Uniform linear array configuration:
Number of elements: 64
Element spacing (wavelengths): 0.75
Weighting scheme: kaiser
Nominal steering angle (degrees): -30
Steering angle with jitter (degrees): -29.701
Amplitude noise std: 0.05
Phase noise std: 0.05

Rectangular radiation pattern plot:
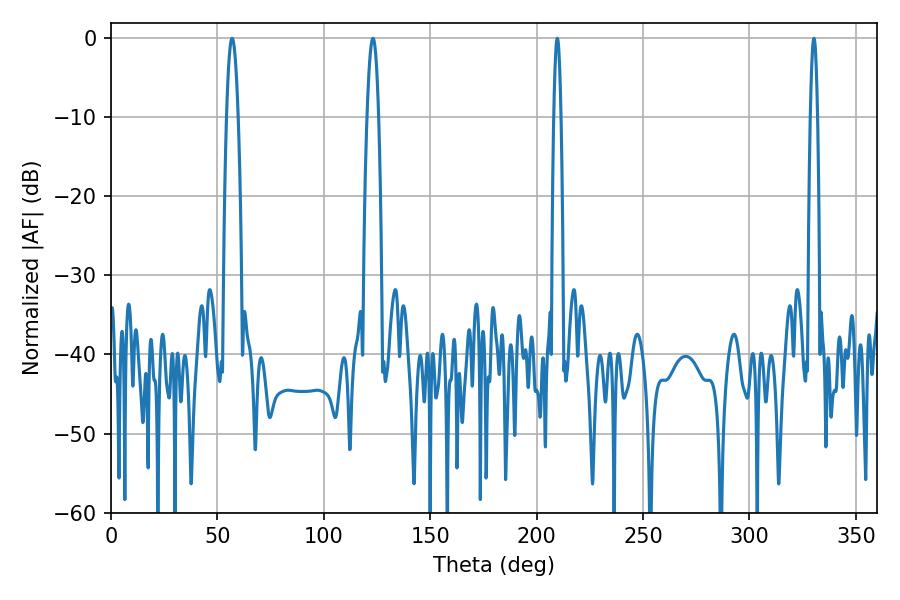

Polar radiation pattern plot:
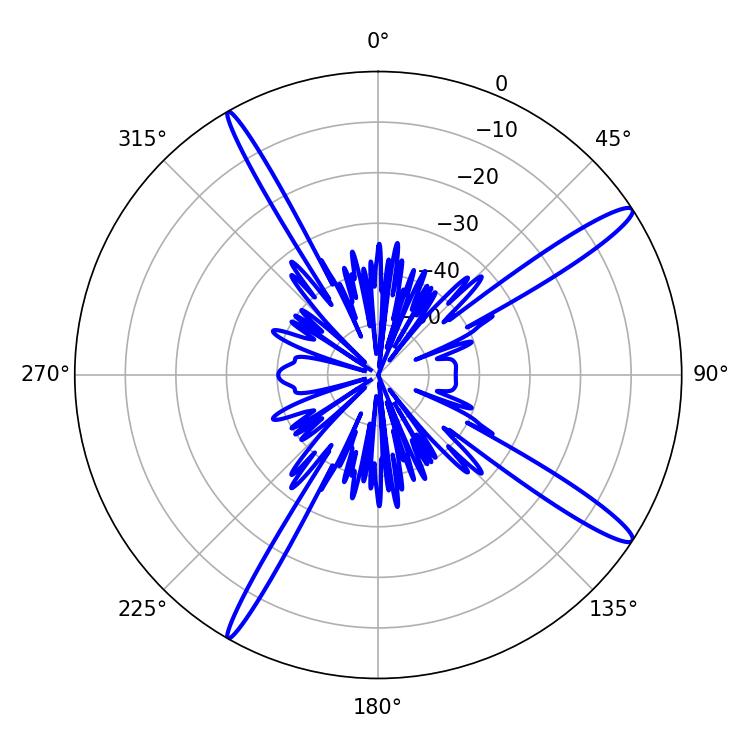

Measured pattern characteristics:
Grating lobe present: TRUE
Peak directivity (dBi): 15.223
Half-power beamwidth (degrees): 1.8
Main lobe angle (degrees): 209.7